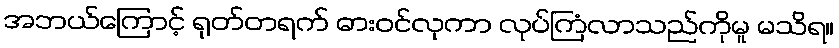
အဘယ်ကြောင့် ရုတ်တရက် ဓားဝင်လုကာ လုပ်ကြံလာသည်ကိုမူ မသိရ။